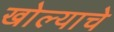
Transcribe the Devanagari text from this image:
खोल्याचे